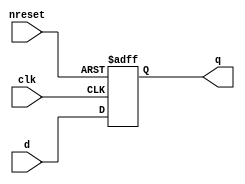
`timescale 1ns / 1ns
//////////////////////////////////////////////////////////////////////////////////
// Company: 
// Engineer: 
// 
// Design Name: 
// Module Name: DFlipFlop
// Project Name: 
// Target Devices: 
// Tool Versions: 
// Description: 
// 
// Dependencies: 
// 
// Revision:
// Revision 0.01 - File Created
// Additional Comments:
// 
//////////////////////////////////////////////////////////////////////////////////


module DFlipFlop(output reg q, input d, input clk, input nreset);
    always @(posedge clk or negedge nreset)
    begin
        if(!nreset) q<=0;
        else q<=d;
    end
endmodule